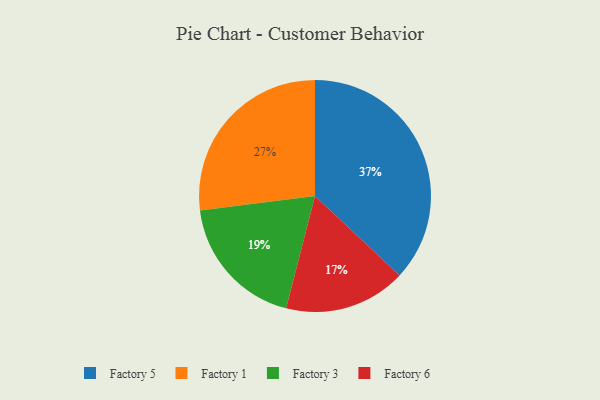
{"axis": {"x": "Category", "y": "Percentage"}, "legend": ["Factory 1", "Factory 3", "Factory 5", "Factory 6"], "data": [{"x": "Factory 1", "y": 27, "type": "Factory 1"}, {"x": "Factory 3", "y": 19, "type": "Factory 3"}, {"x": "Factory 6", "y": 17, "type": "Factory 6"}, {"x": "Factory 5", "y": 37, "type": "Factory 5"}]}